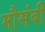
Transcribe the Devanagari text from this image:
मौसंबी